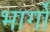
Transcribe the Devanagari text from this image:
भार्गों